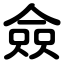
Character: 僉